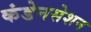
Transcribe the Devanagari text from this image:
कंडेनसेशन